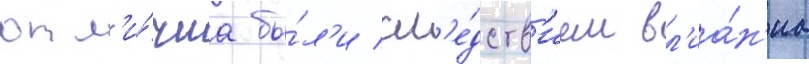
отл'и́чиа бы́л'и сл'е́дств'ием вл'иа́н'иа